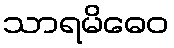
သာရမိဓေဝ